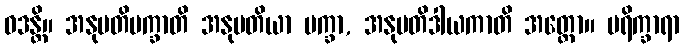
ဝဒန္တိ။ အနုမတိပက္ခာတိ အနုမတိယာ ပက္ခာ, အနုမတိဒါယကာတိ အတ္ထော။ ပရိက္ခာရာ